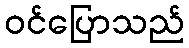
ဝင်ပြောသည်